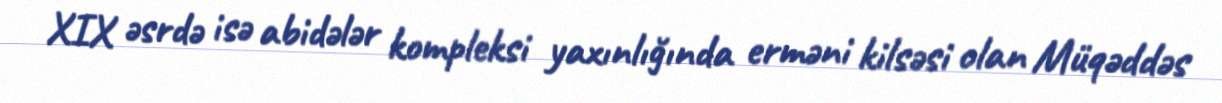
XIX əsrdə isə abidələr kompleksi yaxınlığında erməni kilsəsi olan Müqəddəs